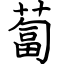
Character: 蔔